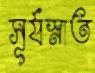
সূর্যস্নাত